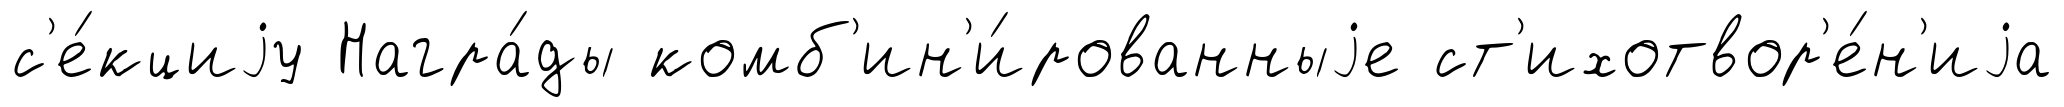
с'е́кциjу Награ́ды комб'ин'и́рованныjе ст'ихотвор'е́н'иjа